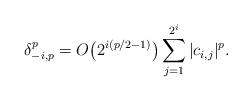
LaTeX: \begin{align*} \delta_{-i, p}^p = O\bigl(2^{i(p/2-1)}\bigr) \sum_{j=1}^{2^i} |c_{i,j}|^p.\end{align*}